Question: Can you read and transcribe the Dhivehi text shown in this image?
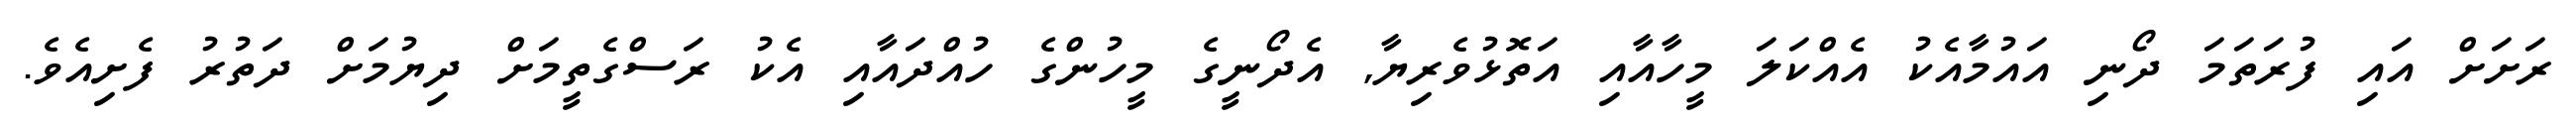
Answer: ރަށަށް އައި ފުރަތަމަ ދޯނި އައުމާއެކު އެއްކަލަ މީހާއާއި އަތޮޅުވެރިޔާ, އެދޯނީގެ މީހުންގެ ހުއްދައާއި އެކު ރަސްގެތީމަށް ދިޔުމަށް ދަތުރު ފެށިއެވެ.